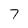
Character: 7